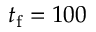
t _ { \mathrm { f } } = 1 0 0